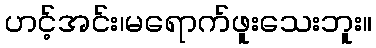
ဟင့်အင်း၊မရောက်ဖူးသေးဘူး။